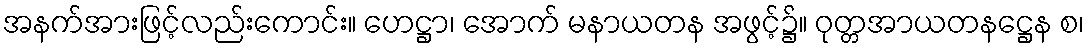
အနက်အားဖြင့်လည်းကောင်း။ ဟေဋ္ဌာ၊ အောက် မနာယတန အဖွင့်၌။ ဝုတ္တအာယတနဋ္ဌေန စ၊